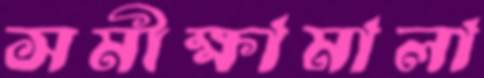
সমীক্ষামালা